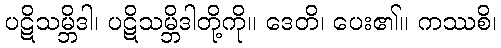
ပဋိသမ္ဘိဒါ၊ ပဋိသမ္ဘိဒါတို့ကို။ ဒေတိ၊ ပေး၏။ ကဿစိ၊